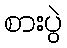
စားပွဲ